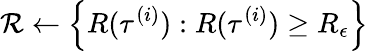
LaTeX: \mathcal{R}\leftarrow\left\{ R(\tau^{(i)}):R(\tau^{(i)})\geq R_{\epsilon}\right\}